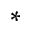
^ { * }